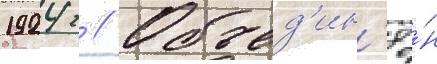
1924 г // Объед'ин'ё́н